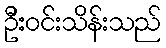
ဦးဝင်းသိန်းသည်